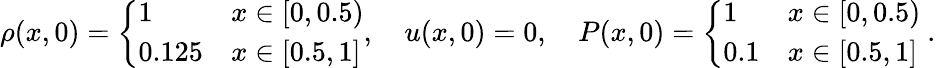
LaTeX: \begin{array}{r}{\rho(x,0)=\left\{ \begin{array}{ll}{1}&{x\in[0,0.5)}\\ {0.125}&{x\in[0.5,1]}\end{array}\right.,\quad u(x,0)=0,\quad P(x,0)=\left\{ \begin{array}{ll}{1}&{x\in[0,0.5)}\\ {0.1}&{x\in[0.5,1]}\end{array}\right.\mathrm{~.}}\end{array}